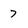
Character: 7